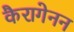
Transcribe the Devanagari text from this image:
कैरागेनन